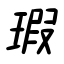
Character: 瑕